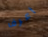
أعرف